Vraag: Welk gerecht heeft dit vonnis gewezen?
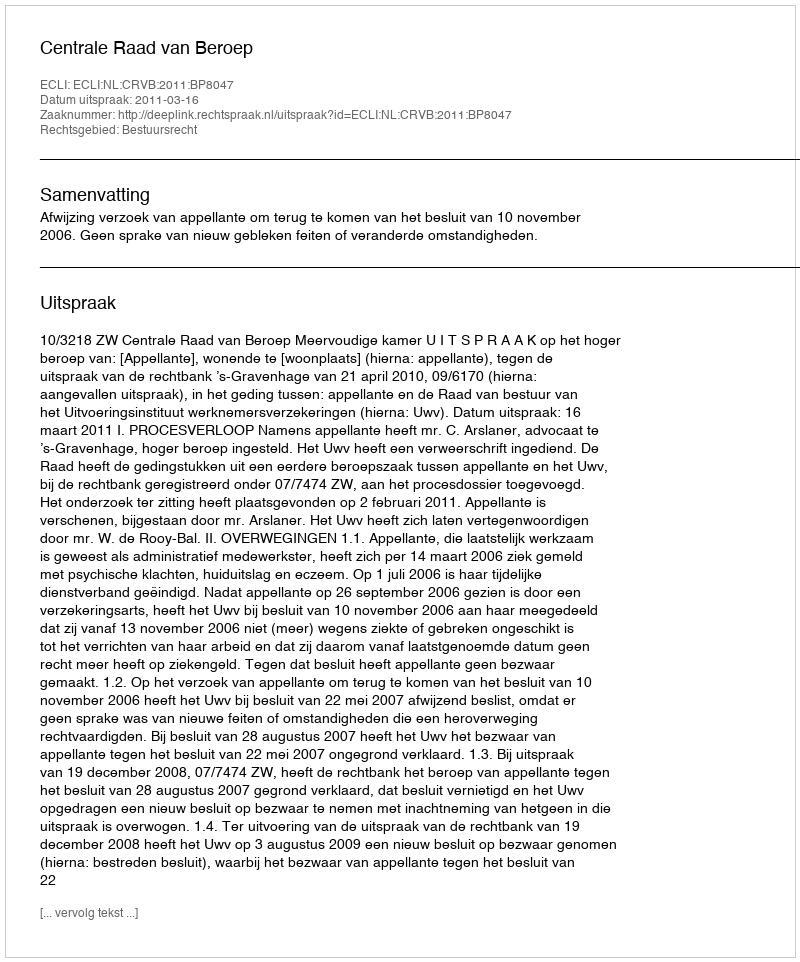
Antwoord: Centrale Raad van Beroep